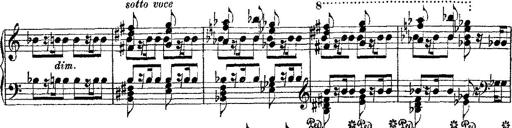
Title: Fantaisie romantique sur deux mÃ©lodies suisses
Composer: Franz Liszt